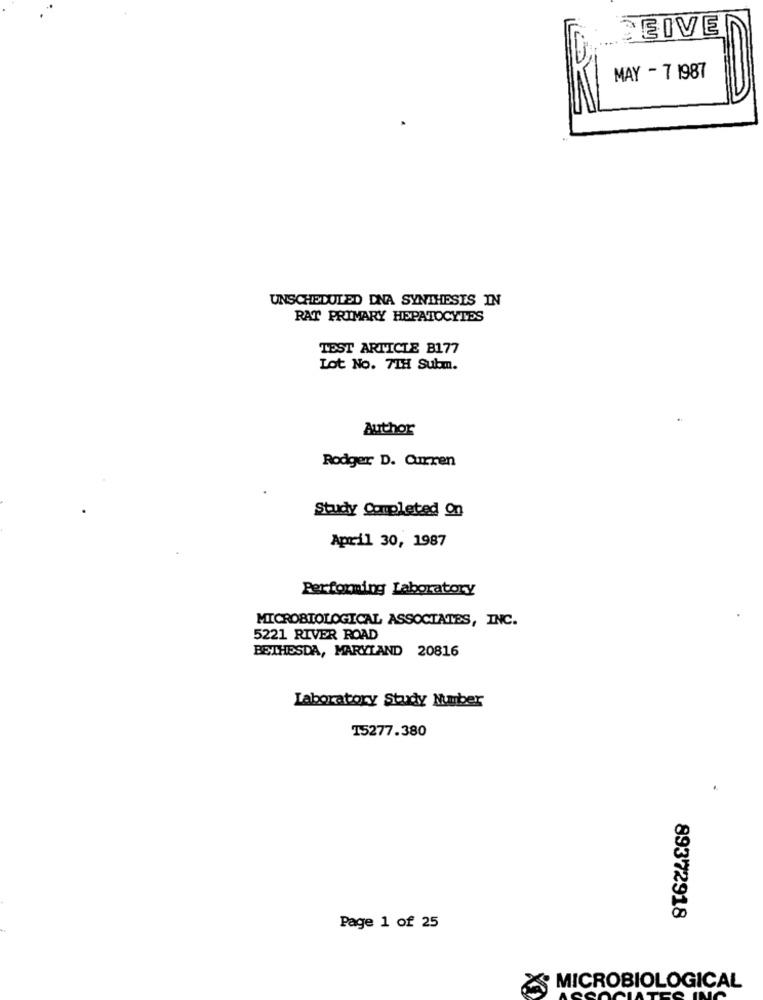
DEIVE
MAY - 7 1987
UNSCHEDULED DNA SYNTHESIS IN
RAT PRIMARY HEPATOCYTES
TEST ARTICLE B177
Lot No. 7TH Subm.
Author
Rodger D. Curren
Study Completed On
April 30, 1987
Performing Laboratory
MICROBIOLOGICAL ASSOCIATES, INC.
5221 RIVER ROAD
BETHESDA, MARYLAND 20816
Laboratory Study Number
15277.380
89372918
Page 1 of 25
MICROBIOLOGICAL